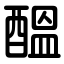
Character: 醞